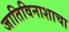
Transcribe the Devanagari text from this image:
जातिविनाशाचा